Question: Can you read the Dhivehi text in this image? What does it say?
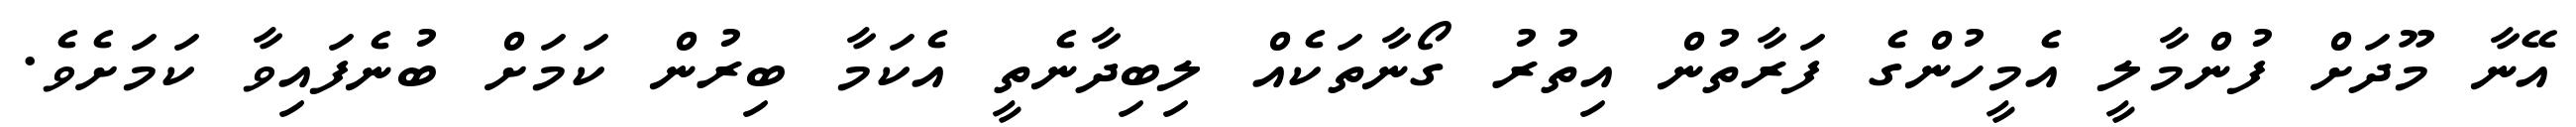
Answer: އޭނާ މޫދަށް ފުންމާލީ އެމީހުންގެ ފަރާތުން އިތުރު ގޯނާތަކެއް ލިބިދާނެތީ އެކަމާ ބިރުން ކަމަށް ބުނެފައިވާ ކަމަށެވެ.